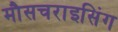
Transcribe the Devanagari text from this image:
मौसचराइसिंग